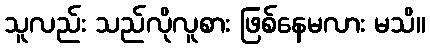
သူလည်း သည်လိုလူစား ဖြစ်နေမလား မသိ။